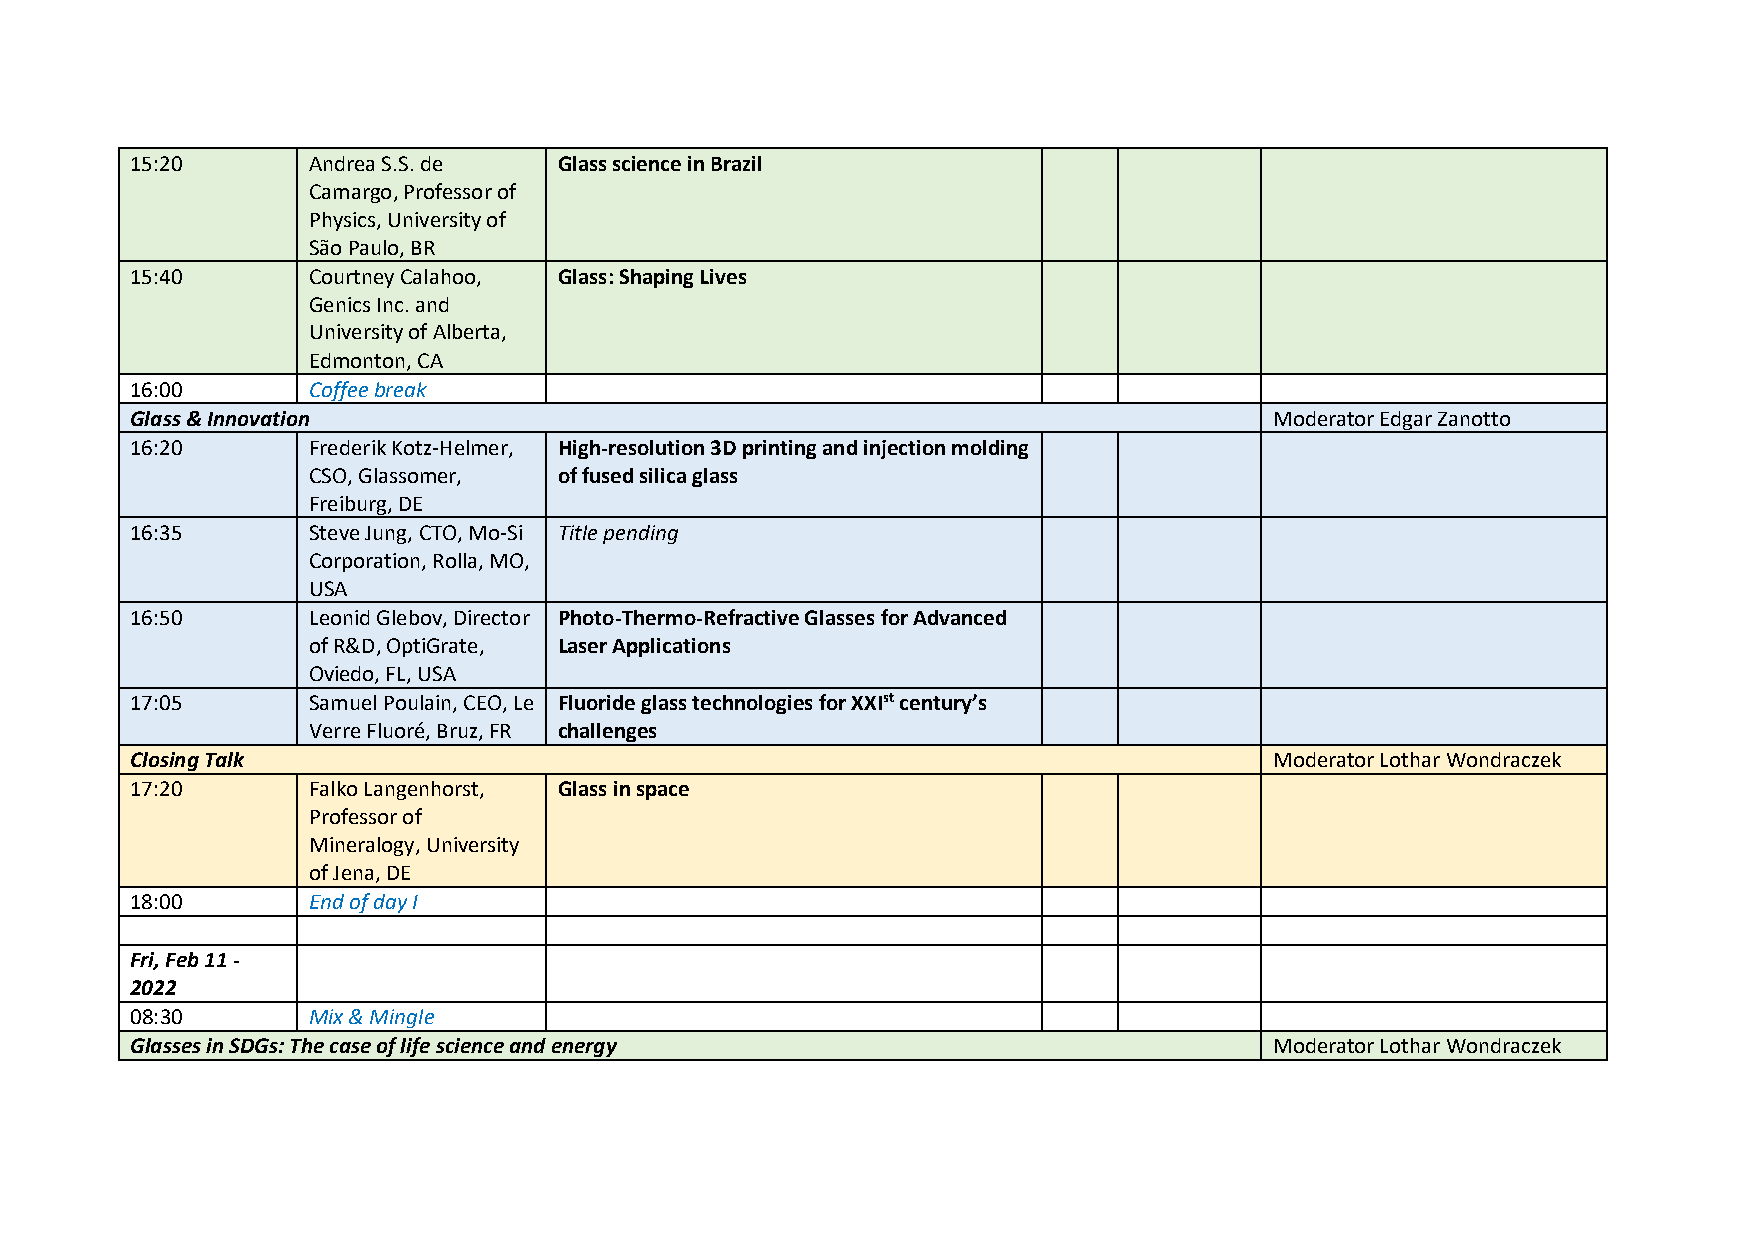
15:20      Andrea S.S. de   Glass science in Brazil
 Camargo, Professor of
 Physics, University of
 São Paulo, BR
 15:40      Courtney Calahoo, Glass: Shaping Lives
 Genics Inc. and
 University of Alberta,
 Edmonton, CA
 16:00      Coffee break
 Glass & Innovation                                                         Moderator Edgar Zanotto
 16:20      Frederik Kotz-Helmer, High-resolution 3D printing and injection molding
 CSO, Glassomer,  of fused silica glass
 Freiburg, DE
 16:35      Steve Jung, CTO, Mo-Si Title pending
 Corporation, Rolla, MO,
 USA
 16:50      Leonid Glebov, Director Photo-Thermo-Refractive Glasses for Advanced
 of R&D, OptiGrate, Laser Applications
 Oviedo, FL, USA
 17:05      Samuel Poulain, CEO, Le Fluoride glass technologies for XXIst century’s
 Verre Fluoré, Bruz, FR challenges
 Closing Talk                                                               Moderator Lothar Wondraczek
 17:20      Falko Langenhorst, Glass in space
 Professor of
 Mineralogy, University
 of Jena, DE
 18:00      End of day I
 Fri, Feb 11 -
 2022
 08:30      Mix & Mingle
 Glasses in SDGs: The case of life science and energy                       Moderator Lothar Wondraczek